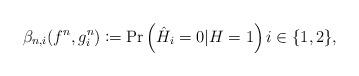
LaTeX: \begin{align*}\beta_{n,i}(f^{n},g^{n}_{i}) \coloneqq \Pr\left(\hat{H}_{i}=0|H=1\right) i \in \{1,2\},\end{align*}